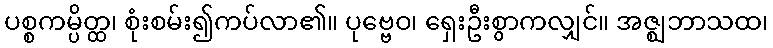
ပစ္စကမ္ပိတ္ထ၊ စုံးစမ်း၍ကပ်လာ၏။ ပုဗ္ဗေဝ၊ ရှေးဦးစွာကလျှင်။ အဇ္ဈဘာသထ၊